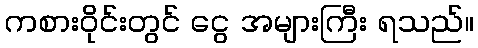
ကစားဝိုင်းတွင် ငွေ အများကြီး ရသည်။